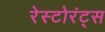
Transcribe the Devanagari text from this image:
रेस्टोरंट्स